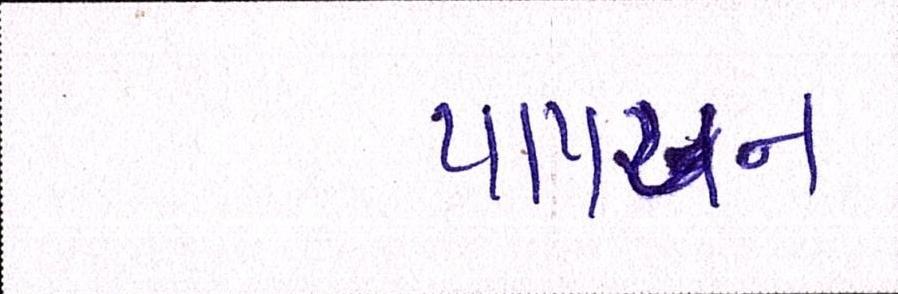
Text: પાપચન